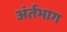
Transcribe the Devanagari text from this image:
अंर्तभाग